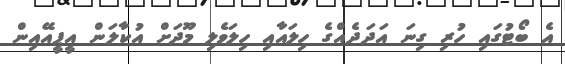
އެ ބޯޓުގައި ހުރި ގިނަ އަދަދެއްގެ ހިލައާއި ހިލަވެލި މޫދަށް އުކާލަން އީޕީއޭއިން